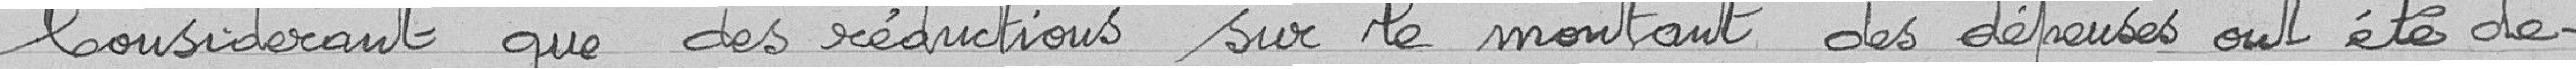
Considérant que des réductions sur le montant des dépenses ont été de-